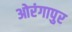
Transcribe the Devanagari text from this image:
ओरंगापुर